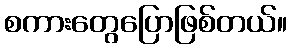
စကားတွေပြောဖြစ်တယ်။